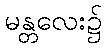
မန္တလေး၌